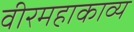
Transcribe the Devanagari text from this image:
वीरमहाकाव्य